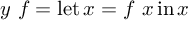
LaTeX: y \ f = \operatorname { l e t } x = f \ x \operatorname { i n } x